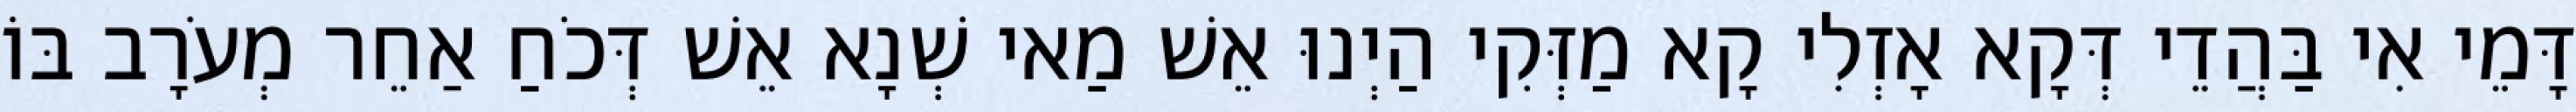
דָּמֵי אִי בַּהֲדֵי דְּקָא אָזְלִי קָא מַזְּקִי הַיְנוּ אֵשׁ מַאי שְׁנָא אֵשׁ דְּכֹחַ אַחֵר מְעֹרָב בּוֹ